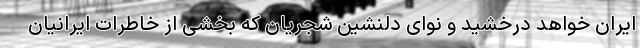
ایران خواهد درخشید و نوای دلنشین شجریان که بخشی از خاطرات ایرانیان